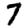
Digit: 7